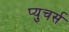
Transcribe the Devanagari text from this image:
प्युचर्स